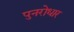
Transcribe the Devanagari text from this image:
पुनरोधार